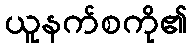
ယူနက်စကို၏